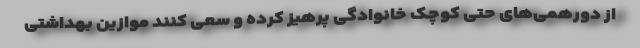
از دورهمی‌های حتی کوچک خانوادگی پرهیز کرده و سعی کنند موازین بهداشتی